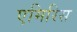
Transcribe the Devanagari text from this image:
एमिरिस